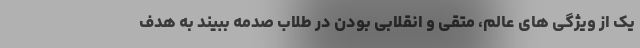
یک از ویژگی های عالم، متقی و انقلابی بودن در طلاب صدمه ببیند به هدف